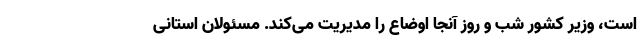
است، وزیر کشور شب و روز آنجا اوضاع را مدیریت می‌کند. مسئولان استانی